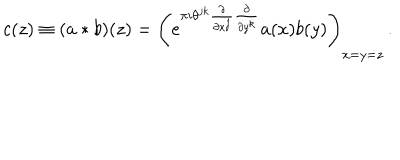
c ( z ) \equiv ( a \ast b ) ( z ) = \left( e ^ { \pi i \theta ^ { j k } \frac { \partial } { \partial x ^ { j } } \frac { \partial } { \partial y ^ { k } } } a ( x ) b ( y ) \right) _ { x = y = z } \, .